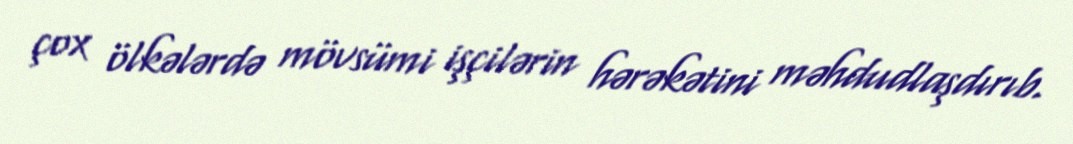
çox ölkələrdə mövsümi işçilərin hərəkətini məhdudlaşdırıb.